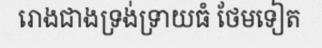
រោងជាងទ្រង់ទ្រាយធំ ថែមទៀត